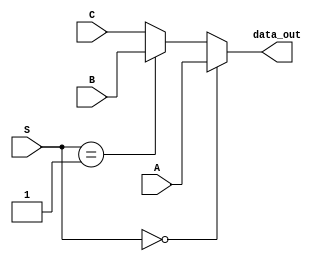
module mux3by1(
  output [63:0] data_out,
  input [1:0] S,
  input [63:0] A,
  input [63:0] B,
  input [63:0] C
);

  assign data_out = (S == 2'b00) ? A : (S == 2'b01) ? B : C;
endmodule